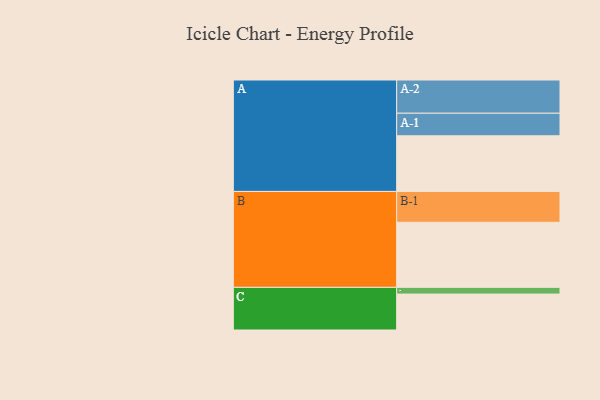
{"axis": {"x": "Segment", "y": "Value"}, "legend": ["", "A", "B", "C"], "data": [{"x": "A", "y": 491, "type": ""}, {"x": "B", "y": 574, "type": ""}, {"x": "C", "y": 317, "type": ""}, {"x": "A-1", "y": 199, "type": "A"}, {"x": "A-2", "y": 293, "type": "A"}, {"x": "B-1", "y": 272, "type": "B"}, {"x": "C-1", "y": 59, "type": "C"}]}